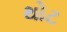
થોટ